Insane asylums in Bengal annual reports 1867-1875 - 1867-1875
Year: 1867
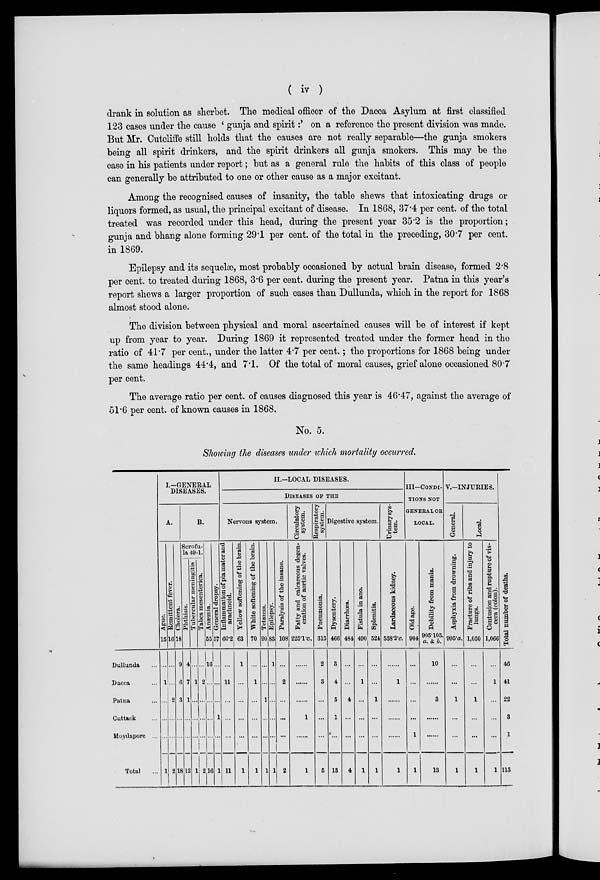
( iv )
drank in solution as sherbet. The medical officer of the Dacca Asylum at first classified
123 cases under the cause ' gunja and spirit :' on a reference the present division was made.
But Mr. Cutcliffe still holds that the causes are not really separable—the gunja smokers
being all spirit drinkers, and the spirit drinkers all gunja smokers. This may be the
case in his patients under report; but as a general rule the habits of this class of people
can generally be attributed to one or other cause as a major excitant.
Among the recognised causes of insanity, the table shews that intoxicating drugs or
liquors formed, as usual, the principal excitant of disease. In 1868, 37.4 per cent. of the total
treated was recorded under this head, during the present year 35.2 is the proportion;
gunja and bhang alone forming 29.1 per cent. of the total in the preceding, 30.7 per cent.
in 1869.
Epilepsy and its sequelæ, most probably occasioned by actual brain disease, formed 2.8
per cent. to treated during 1868, 3.6 per cent. during the present year. Patna in this year's
report shews a larger proportion of such cases than Dullunda, which in the report for 1868
almost stood alone.
The division between physical and moral ascertained causes will be of interest if kept
up from year to year. During 1869 it represented treated under the former head in the
ratio of 41.7 per cent., under the latter 4.7 per cent.; the proportions for 1868 being under
the same headings 44.4, and 7.1. Of the total of moral causes, grief alone occasioned 80.7
per cent.
The average ratio per cent. of causes diagnosed this year is 46.47, against the average of
51.6 per cent. of known causes in 1868.
No. 5.
Showing the diseases under which mortality occurred.
Dullunda ...
Dacca ...
Patna ...
Cuttack ...
Moydapore ...
Total
...
I.—GENERAL
DISEASES.
A.
Ague.
15
...
1
...
...
...
1
Remittent fever.
16
...
...
2
...
...
2
Cholera.
18
9
6
3
...
...
18
B.
Scrofu-
la 49-1.
Phthisis.
4
7
1
...
...
12
Tubercular meningitis
...
1
...
...
...
1
Tabes mesenterica.
...
2
...
...
...
2
Anæmia.
55
16
...
...
...
...
16
General dropsy.
57
...
...
...
1
...
1
II.—LOCAL DISEASES.
DISEASES OF THE
Nervous system.
Inflammation of pia mater and
arachnoid.
60.2
...
11
...
...
...
11
Yellow softening of the brain.
63
1
...
...
...
...
1
White softening of the brain.
70
...
1
...
...
...
1
Tetanus.
90
...
...
1
...
...
1
Epilepsy.
83
1
...
...
...
...
1
Paralysis of the insane.
108
...
2
...
...
...
2
Circulatory
system.
Fatty and calcareous degen-
eration of aortic valves.
225.1.c.
......
......
......
1
......
1
Respiratory
system.
Pneumonia.
315
2
3
...
...
...
5
Digestive system.
Dysentery.
466
3
4
5
1
...
13
Diarrhœa.
484
...
...
4
...
...
4
Fistula in ano.
490
...
1
...
...
...
1
Splenitis.
524
...
...
1
...
...
1
Urinary sys-
tem.
Lardaceous kidney.
538.2.c.
......
1
......
......
......
1
III—CONDI-
----- NOT
GENERALOS
LOCAL.
Old age.
904
...
...
...
...
1
1
Debility from mania.
905.105.
a. & b.
10
......
3
......
......
13
V.—INJURIES.
General.
Asphyxia from drowning.
995.a.
...
...
1
...
...
1
Local.
Fracture of ribs and injury to
lungs.
1,050
...
...
1
...
...
1
Contusion and rupture of vis-
cera (colon).
1,066
...
1
...
...
...
1
Total number of deaths.
46
41
22
3
1
113